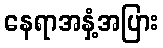
နေရာအနှံ့အပြား